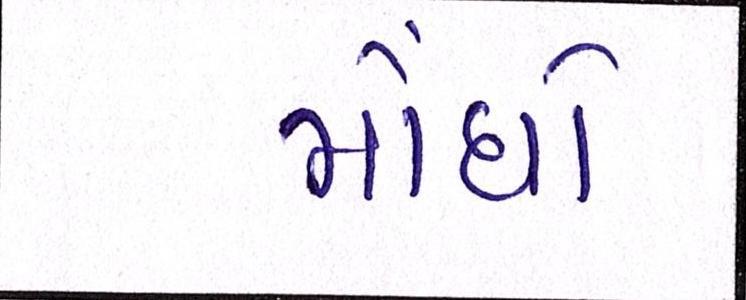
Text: મોંઘો